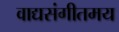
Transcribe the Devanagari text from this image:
वाद्यसंगीतमय